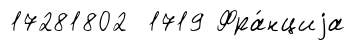
17281802 1719 Фра́нциjа